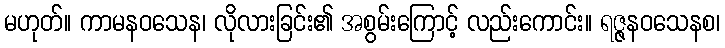
မဟုတ်။ ကာမနဝသေန၊ လိုလားခြင်း၏ အစွမ်းကြောင့် လည်းကောင်း။ ရဇ္ဇနဝသေနစ၊